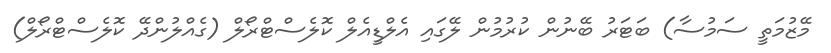
މޭޒުމަތީ ސަމުސާ) ބަޓަރު ބޭނުން ކުރުމުން ލޭގައި އެލްޑީއެލް ކޮލެސްޓްރޯލް (ގެއްލުންދޭ ކޮލެސްޓްރޯލް)